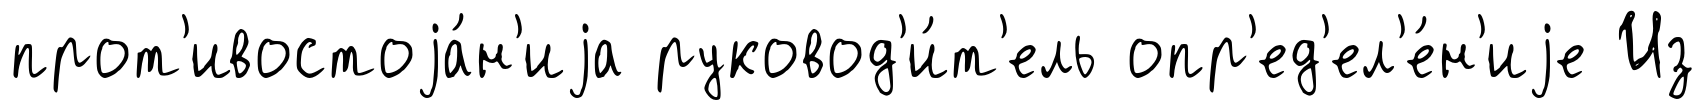
прот'ивостоjа́н'иjа руковод'и́т'ель опр'ед'ел'е́н'иjе Из